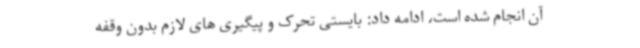
آن انجام شده است، ادامه داد: بایستی تحرک و پیگیری های لازم بدون وقفه